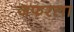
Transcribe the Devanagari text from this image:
जफरला